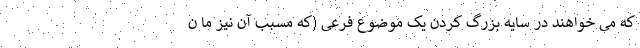
که می خواهند در سایه بزرگ کردن یک موضوع فرعی (که مسبب آن نیز ما ن